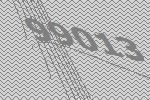
99013